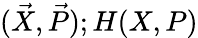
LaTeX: (\vec{X},\vec{P});H(X,P)